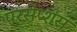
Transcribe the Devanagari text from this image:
परसेप्शंस